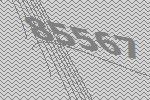
85567